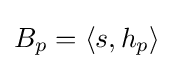
B_{p}=\left\langle s,h_{p}\right\rangle